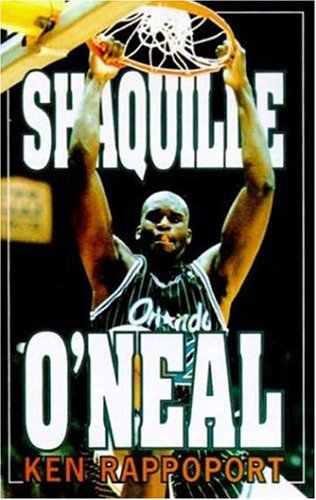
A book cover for Shaquille O'Neal; Ken Rappoport; Teen & Young Adult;